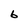
Character: 6